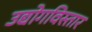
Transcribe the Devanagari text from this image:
उद्योगविस्तार